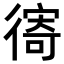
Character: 𢕗